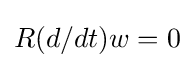
R(d/dt)w=0